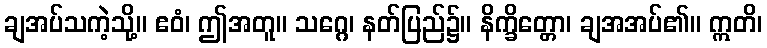
ချအပ်သကဲ့သို့။ ဧဝံ၊ ဤအတူ။ သဂ္ဂေ၊ နတ်ပြည်၌။ နိက္ခိတ္တော၊ ချအအပ်၏။ ဣတိ၊